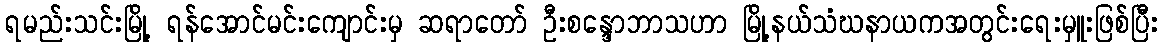
ရမည်းသင်းမြို့ ရန်အောင်မင်းကျောင်းမှ ဆရာတော် ဦးစန္ဒောဘာသဟာ မြို့နယ်သံဃနာယကအတွင်းရေးမှူးဖြစ်ပြီး